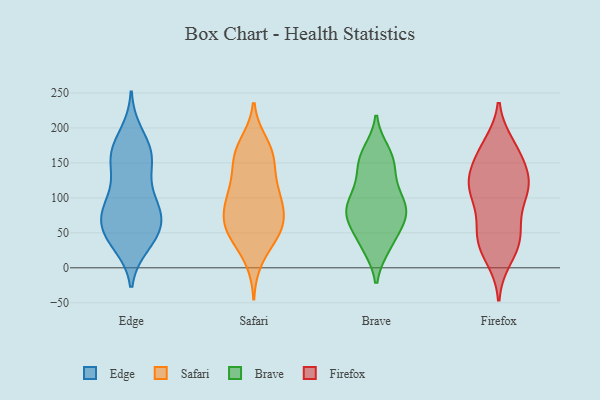
{"axis": {"x": "Humidity (%)", "y": "Value"}, "legend": ["Brave", "Edge", "Firefox", "Safari"], "data": [{"x": "", "y": 72, "type": "Edge"}, {"x": "", "y": 42, "type": "Edge"}, {"x": "", "y": 49, "type": "Edge"}, {"x": "", "y": 57, "type": "Edge"}, {"x": "", "y": 33, "type": "Edge"}, {"x": "", "y": 154, "type": "Edge"}, {"x": "", "y": 103, "type": "Edge"}, {"x": "", "y": 78, "type": "Edge"}, {"x": "", "y": 192, "type": "Edge"}, {"x": "", "y": 152, "type": "Edge"}, {"x": "", "y": 59, "type": "Edge"}, {"x": "", "y": 165, "type": "Edge"}, {"x": "", "y": 151, "type": "Edge"}, {"x": "", "y": 36, "type": "Edge"}, {"x": "", "y": 73, "type": "Edge"}, {"x": "", "y": 156, "type": "Edge"}, {"x": "", "y": 81, "type": "Edge"}, {"x": "", "y": 178, "type": "Edge"}, {"x": "", "y": 104, "type": "Edge"}, {"x": "", "y": 96, "type": "Edge"}, {"x": "", "y": 177, "type": "Safari"}, {"x": "", "y": 49, "type": "Safari"}, {"x": "", "y": 82, "type": "Safari"}, {"x": "", "y": 104, "type": "Safari"}, {"x": "", "y": 61, "type": "Safari"}, {"x": "", "y": 64, "type": "Safari"}, {"x": "", "y": 13, "type": "Safari"}, {"x": "", "y": 161, "type": "Safari"}, {"x": "", "y": 49, "type": "Safari"}, {"x": "", "y": 164, "type": "Safari"}, {"x": "", "y": 46, "type": "Safari"}, {"x": "", "y": 99, "type": "Safari"}, {"x": "", "y": 90, "type": "Safari"}, {"x": "", "y": 148, "type": "Safari"}, {"x": "", "y": 109, "type": "Safari"}, {"x": "", "y": 64, "type": "Safari"}, {"x": "", "y": 164, "type": "Safari"}, {"x": "", "y": 122, "type": "Safari"}, {"x": "", "y": 105, "type": "Brave"}, {"x": "", "y": 79, "type": "Brave"}, {"x": "", "y": 60, "type": "Brave"}, {"x": "", "y": 158, "type": "Brave"}, {"x": "", "y": 141, "type": "Brave"}, {"x": "", "y": 97, "type": "Brave"}, {"x": "", "y": 166, "type": "Brave"}, {"x": "", "y": 81, "type": "Brave"}, {"x": "", "y": 160, "type": "Brave"}, {"x": "", "y": 68, "type": "Brave"}, {"x": "", "y": 66, "type": "Brave"}, {"x": "", "y": 121, "type": "Brave"}, {"x": "", "y": 82, "type": "Brave"}, {"x": "", "y": 33, "type": "Brave"}, {"x": "", "y": 146, "type": "Brave"}, {"x": "", "y": 78, "type": "Brave"}, {"x": "", "y": 98, "type": "Brave"}, {"x": "", "y": 30, "type": "Brave"}, {"x": "", "y": 31, "type": "Brave"}, {"x": "", "y": 118, "type": "Firefox"}, {"x": "", "y": 43, "type": "Firefox"}, {"x": "", "y": 27, "type": "Firefox"}, {"x": "", "y": 103, "type": "Firefox"}, {"x": "", "y": 104, "type": "Firefox"}, {"x": "", "y": 35, "type": "Firefox"}, {"x": "", "y": 113, "type": "Firefox"}, {"x": "", "y": 161, "type": "Firefox"}, {"x": "", "y": 175, "type": "Firefox"}, {"x": "", "y": 119, "type": "Firefox"}, {"x": "", "y": 122, "type": "Firefox"}, {"x": "", "y": 123, "type": "Firefox"}, {"x": "", "y": 14, "type": "Firefox"}, {"x": "", "y": 168, "type": "Firefox"}, {"x": "", "y": 138, "type": "Firefox"}, {"x": "", "y": 58, "type": "Firefox"}, {"x": "", "y": 166, "type": "Firefox"}, {"x": "", "y": 43, "type": "Firefox"}, {"x": "", "y": 68, "type": "Firefox"}]}